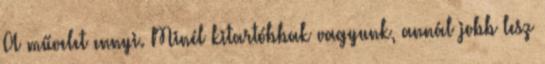
A művelet ennyi. Minél kitartóbbak vagyunk, annál jobb lesz